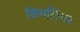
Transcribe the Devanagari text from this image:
किमलिंगर